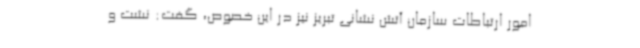
امور ارتباطات سازمان آتش نشانی تبریز نیز در این خصوص‌، گفت: نشت و